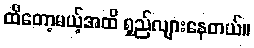
ထိတော့မယ့်အထိ ရှည်လျားနေတယ်။